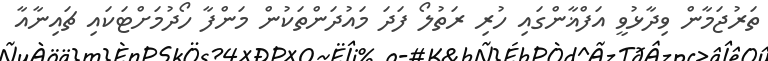
ތަރުޖަމާން ވިދާޅުވީ އަފްޣާންގައި ހުރި ރަތުލޯ ފަދަ މައުދަންތަކުން މަންފާ ހޯދުމަށްޓަކައި ޗައިނާއާ